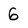
Character: 6